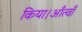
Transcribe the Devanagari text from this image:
किया।आँत्वाँ